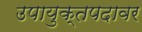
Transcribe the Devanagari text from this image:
उपायुक्तपदावर